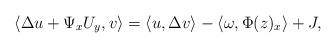
LaTeX: \begin{align*}\langle \Delta u + \Psi_x U_y, v\rangle = \langle u, \Delta v \rangle - \langle \omega, \Phi(z)_x\rangle + J,\end{align*}